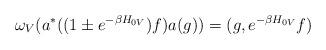
LaTeX: \begin{align*}\omega _{V}(a^{*}((1\pm e^{-\beta H_{0V}})f)a(g))=(g,e^{-\beta H_{0V}}f)\end{align*}